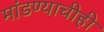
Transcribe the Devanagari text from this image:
मांडण्याचीही